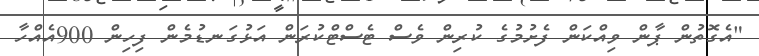
"އެގޮތުން ޕާން ވިއްކަން ފެށުމުގެ ކުރިން ވެސް ޓެސްޓްކުރަން އަޅުގަނޑުމެން ފިހިން 900އެއްހާ